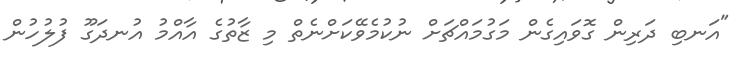
"އަނބި ދަރިން ގޮވައިގެން މަގުމައްޗަށް ނުކުމެވޭކަށްނެތް މި ޒާތުގެ އާއްމު އުނދަގޫ ފުލުހުން